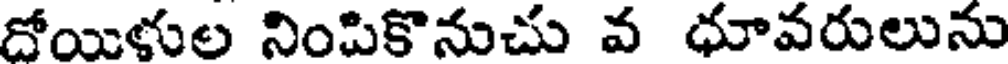
దోయిళుల నింపికొనుచు వ ధూవరులును